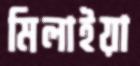
মিলাইয়া